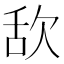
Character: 𣢯